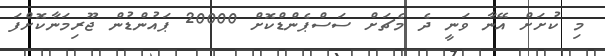
މި ކުށަށް އޭނާ ވަނީ ދެ މެޗަށް ސަސްޕެންޑްކޮށް 20000 ޕައުންޑުން ޖޫރިމަނާކޮށްފަ